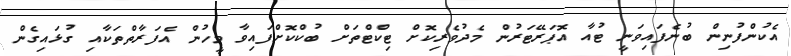
އެކުންފުނިން ބުނެފައިވަނީ ޓުއާ އޮޕަރޭޓަރުން މެދުވެރިކޮށް ޓިކްޓްތަށް ބުކްކޮށްފައިވާ މީހުން އެފަރާތްތަކާއި ގުޅައިގެން